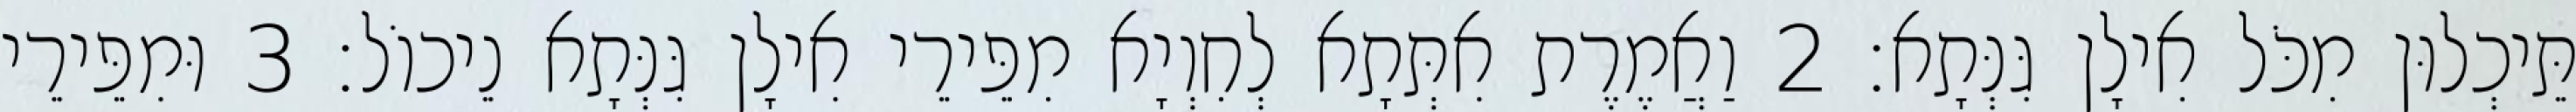
תֵּיכְלוּן מִכֹּל אִילָן גִּנְּתָא׃ 2 וַאֲמֶרֶת אִתְּתָא לְחִוְיָא מִפֵּירֵי אִילָן גִּנְּתָא נֵיכוֹל׃ 3 וּמִפֵּירֵי